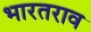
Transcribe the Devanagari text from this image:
भारतराव